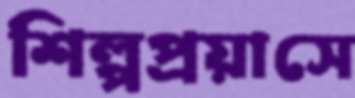
শিল্পপ্রয়াসে